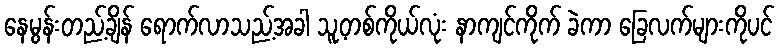
နေမွန်းတည့်ချိန် ရောက်လာသည့်အခါ သူ့တစ်ကိုယ်လုံး နာကျင်ကိုက် ခဲကာ ခြေလက်များကိုပင်